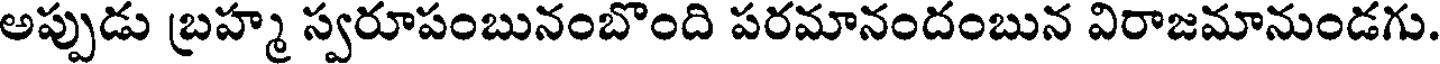
అప్పుడు బ్రహ్మ స్వరూపంబునంబొంది పరమానందంబున విరాజమానుండగు.